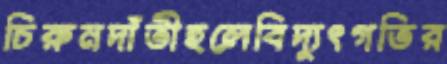
চিরুনদাঁতীহলেবিদ্যুৎগতির